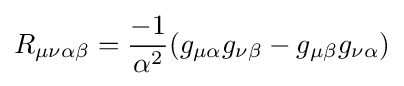
R_{\mu \nu \alpha \beta }={\frac {-1}{\alpha ^{2}}}(g_{\mu \alpha }g_{\nu \beta }-g_{\mu \beta }g_{\nu \alpha })